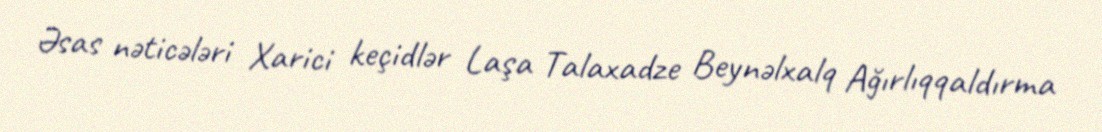
Əsas nəticələri Xarici keçidlər Laşa Talaxadze Beynəlxalq Ağırlıqqaldırma